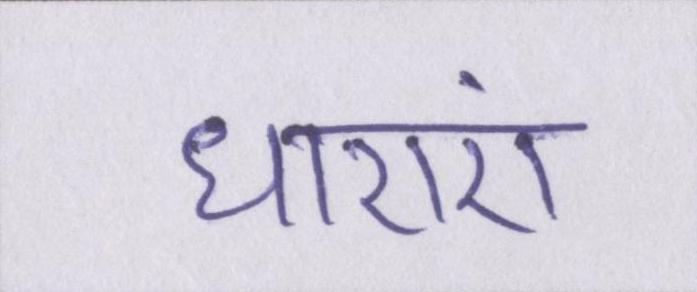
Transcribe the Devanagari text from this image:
धाराएं